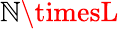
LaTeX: \mathbb{N}\timesL